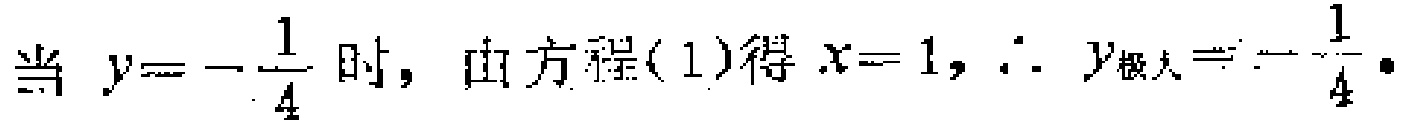
当 \(y = -\frac{1}{4}\) 时，由方程(1)得 \(x = 1\)，\(\therefore y_{极大}=-\frac{1}{4}\) 。